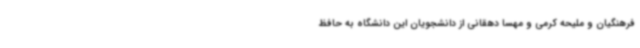
فرهنگیان و ملیحه کرمی و مهسا دهقانی از دانشجویان این دانشگاه به حافظ